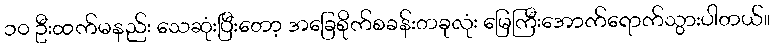
၁၀ ဦးထက်မနည်း သေဆုံးပြီးတော့ အခြေစိုက်စခန်းတခုလုံး မြေကြီးအောက်ရောက်သွားပါတယ်။